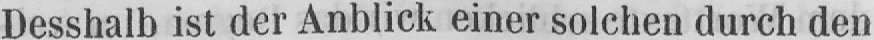
Desshalb ist der Anblick einer solchen durch den